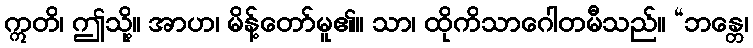
ဣတိ၊ ဤသို့။ အာဟ၊ မိန့်တော်မူ၏။ သာ၊ ထိုကိသာဂေါတမီသည်။ “ဘန္တေ၊